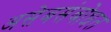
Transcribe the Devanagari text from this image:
असेबसंबोधत